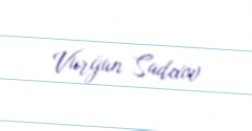
Vurğun Sadıxov